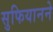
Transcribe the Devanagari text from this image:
सुफियानने